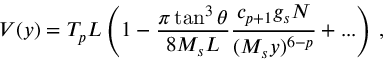
V ( y ) = T _ { p } L \left( 1 - \frac { \pi \tan ^ { 3 } \theta } { 8 M _ { s } L } \frac { c _ { p + 1 } g _ { s } N } { ( M _ { s } y ) ^ { 6 - p } } + . . . \right) \, ,